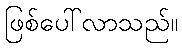
ဖြစ်ပေါ်လာသည်။